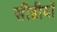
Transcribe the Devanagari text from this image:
सीढीयों